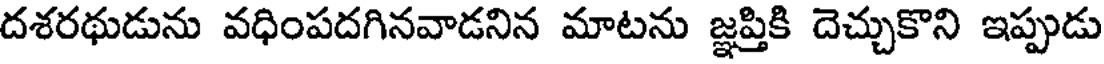
దశరథుడును వధింపదగినవాడనిన మాటను జ్ఞప్తికి దెచ్చుకొని ఇప్పుడు